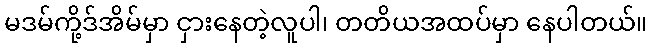
မဒမ်ကို့ဒ်အိမ်မှာ ငှားနေတဲ့လူပါ၊ တတိယအထပ်မှာ နေပါတယ်။